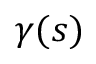
\gamma ( s )